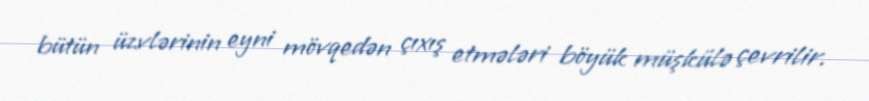
bütün üzvlərinin eyni mövqedən çıxış etmələri böyük müşkülə çevrilir.